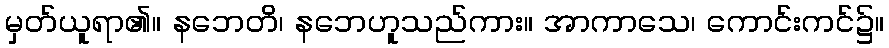
မှတ်ယူရာ၏။ နဘေတိ၊ နဘေဟူသည်ကား။ အာကာသေ၊ ကောင်းကင်၌။